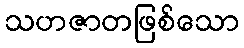
သဟဇာတဖြစ်သော